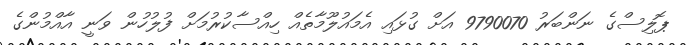
ޕޮލިސްގެ ނަންބަރު 9790070 އަށް ގުޅައި އެމައުލޫމާތެއް ހިއްސާކުރުމަށް ފުލުހުން ވަނީ އާއްމުންގެ